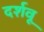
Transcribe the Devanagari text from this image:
दर्शवू